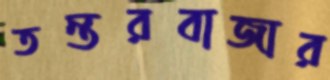
তন্তরবাজার